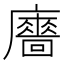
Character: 𢋾